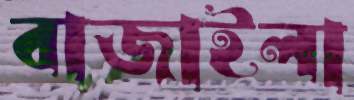
বাজাইলা